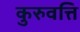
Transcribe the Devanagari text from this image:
कुरुवत्ति